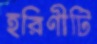
হরিণীটি